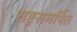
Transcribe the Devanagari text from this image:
राष्ट्रसमर्पित